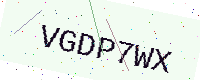
Text: VGDP7WX